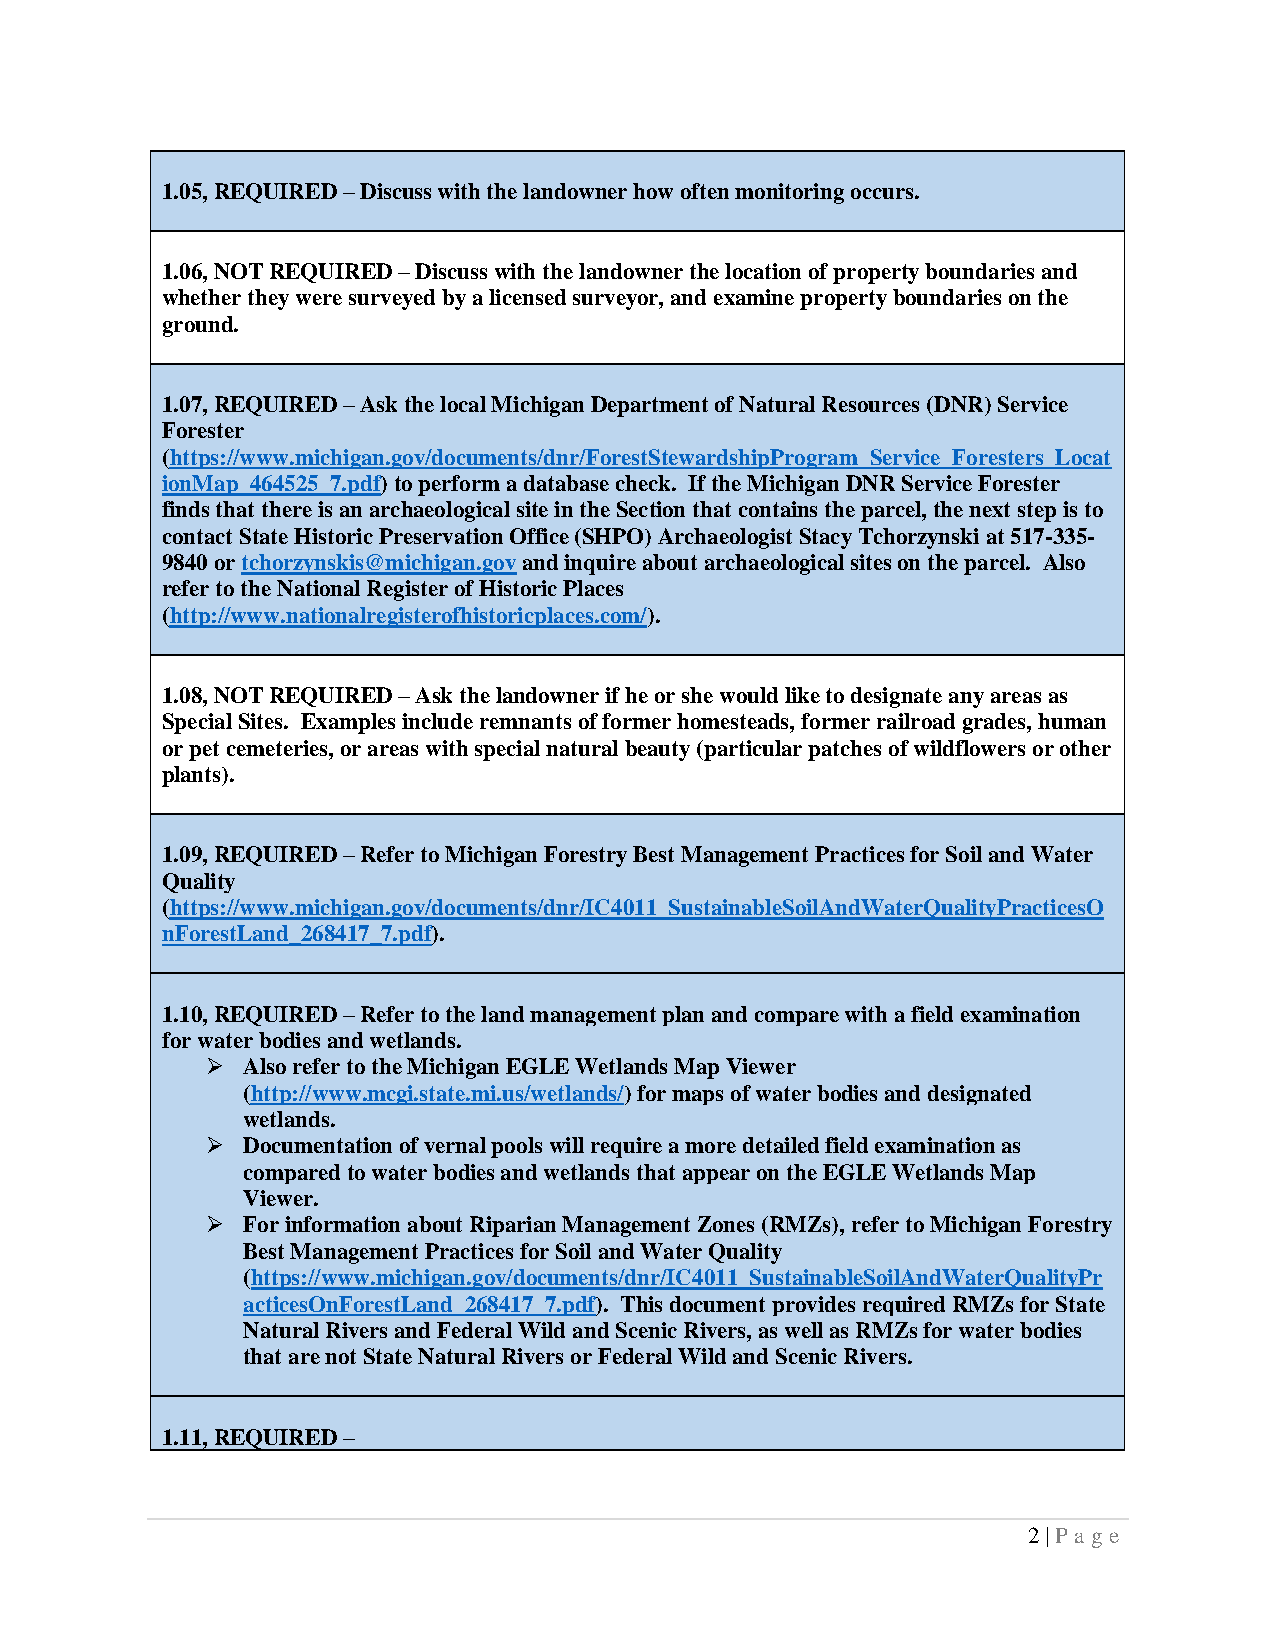
1.05, REQUIRED – Discuss with the landowner how often monitoring occurs.
 1.06, NOT REQUIRED – Discuss with the landowner the location of property boundaries and
 whether they were surveyed by a licensed surveyor, and examine property boundaries on the
 ground.
 1.07, REQUIRED – Ask the local Michigan Department of Natural Resources (DNR) Service
 Forester
 (https://www.michigan.gov/documents/dnr/ForestStewardshipProgram_Service_Foresters_Locat
 ionMap_464525_7.pdf) to perform a database check. If the Michigan DNR Service Forester
 finds that there is an archaeological site in the Section that contains the parcel, the next step is to
 contact State Historic Preservation Office (SHPO) Archaeologist Stacy Tchorzynski at 517-335-
 9840 or tchorzynskis@michigan.gov and inquire about archaeological sites on the parcel. Also
 refer to the National Register of Historic Places
 (http://www.nationalregisterofhistoricplaces.com/).
 1.08, NOT REQUIRED – Ask the landowner if he or she would like to designate any areas as
 Special Sites. Examples include remnants of former homesteads, former railroad grades, human
 or pet cemeteries, or areas with special natural beauty (particular patches of wildflowers or other
 plants).
 1.09, REQUIRED – Refer to Michigan Forestry Best Management Practices for Soil and Water
 Quality
 (https://www.michigan.gov/documents/dnr/IC4011_SustainableSoilAndWaterQualityPracticesO
 nForestLand_268417_7.pdf).
 1.10, REQUIRED – Refer to the land management plan and compare with a field examination
 for water bodies and wetlands.
 ➢ Also refer to the Michigan EGLE Wetlands Map Viewer
 (http://www.mcgi.state.mi.us/wetlands/) for maps of water bodies and designated
 wetlands.
 ➢ Documentation of vernal pools will require a more detailed field examination as
 compared to water bodies and wetlands that appear on the EGLE Wetlands Map
 Viewer.
 ➢ For information about Riparian Management Zones (RMZs), refer to Michigan Forestry
 Best Management Practices for Soil and Water Quality
 (https://www.michigan.gov/documents/dnr/IC4011_SustainableSoilAndWaterQualityPr
 acticesOnForestLand_268417_7.pdf). This document provides required RMZs for State
 Natural Rivers and Federal Wild and Scenic Rivers, as well as RMZs for water bodies
 that are not State Natural Rivers or Federal Wild and Scenic Rivers.
 1.11, REQUIRED –
 2 | Pa ge